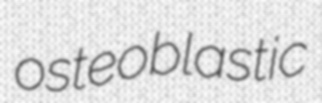
osteoblastic